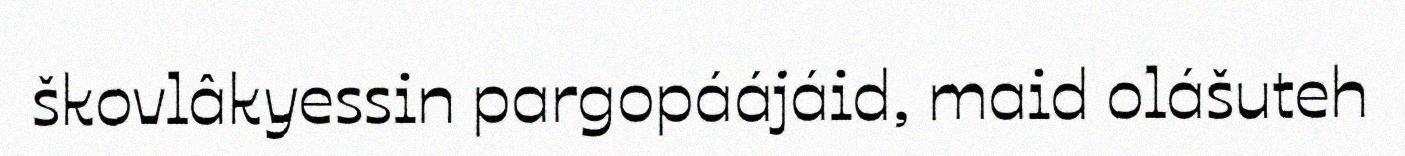
škovlâkyessin pargopáájáid, maid olášuteh